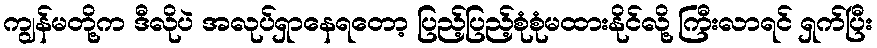
ကျွန်မတို့က ဒီလိုပဲ အလုပ်ရှာနေရတော့ ပြည့်ပြည့်စုံစုံမထားနိုင်လို့ ကြီးလာရင် ရှက်ပြီး